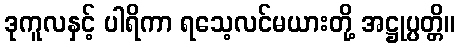
ဒုကူလနှင့် ပါရိကာ ရသေ့လင်မယားတို့ အဋ္ဌုပ္ပတ္တိ။